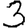
Digit: 3